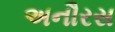
અનૌરસ